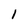
Character: 1